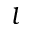
l